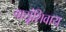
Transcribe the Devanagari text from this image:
वायूंशिवाय